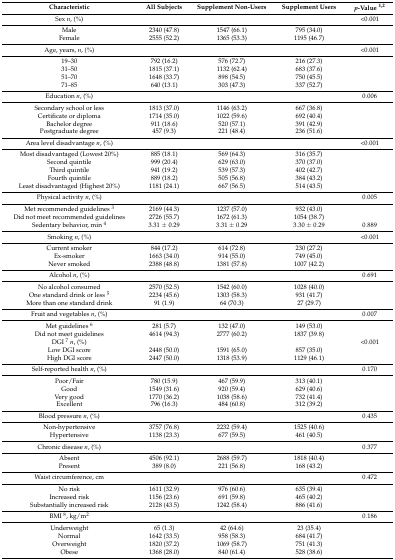
<table><thead><tr><td><b>Characteristic</b></td><td><b>All Subjects</b></td><td><b>Supplement Non-Users</b></td><td><b>Supplement Users</b></td><td><b><i>p</i>-Value <sup>1,2</sup></b></td></tr></thead><tbody><tr><td>Sex <i>n</i>, (%)</td><td></td><td></td><td></td><td>&lt;0.001</td></tr><tr><td>Male</td><td>2340 (47.8)</td><td>1547 (66.1)</td><td>795 (34.0)</td><td></td></tr><tr><td>Female</td><td>2555 (52.2)</td><td>1365 (53.3)</td><td>1195 (46.7)</td><td></td></tr><tr><td>Age, years, <i>n</i>, (%)</td><td></td><td></td><td></td><td>&lt;0.001</td></tr><tr><td>19–30</td><td>792 (16.2)</td><td>576 (72.7)</td><td>216 (27.3)</td><td></td></tr><tr><td>31–50</td><td>1815 (37.1)</td><td>1132 (62.4)</td><td>683 (37.6)</td><td></td></tr><tr><td>51–70</td><td>1648 (33.7)</td><td>898 (54.5)</td><td>750 (45.5)</td><td></td></tr><tr><td>71–85</td><td>640 (13.1)</td><td>303 (47.3)</td><td>337 (52.7)</td><td></td></tr><tr><td>Education <i>n</i>, (%)</td><td></td><td></td><td></td><td>0.006</td></tr><tr><td>Secondary school or less</td><td>1813 (37.0)</td><td>1146 (63.2)</td><td>667 (36.8)</td><td></td></tr><tr><td>Certificate or diploma</td><td>1714 (35.0)</td><td>1022 (59.6)</td><td>692 (40.4)</td><td></td></tr><tr><td>Bachelor degree</td><td>911 (18.6)</td><td>520 (57.1)</td><td>391 (42.9)</td><td></td></tr><tr><td>Postgraduate degree</td><td>457 (9.3)</td><td>221 (48.4)</td><td>236 (51.6)</td><td></td></tr><tr><td>Area level disadvantage <i>n</i>, (%)</td><td></td><td></td><td></td><td>&lt;0.001</td></tr><tr><td>Most disadvantaged (Lowest 20%) </td><td>885 (18.1)</td><td>569 (64.3)</td><td>316 (35.7)</td><td></td></tr><tr><td>Second quintile</td><td>999 (20.4)</td><td>629 (63.0)</td><td>370 (37.0)</td><td></td></tr><tr><td>Third quintile</td><td>941 (19.2)</td><td>539 (57.3)</td><td>402 (42.7)</td><td></td></tr><tr><td>Fourth quintile</td><td>889 (18.2)</td><td>505 (56.8)</td><td>384 (43.2)</td><td></td></tr><tr><td>Least disadvantaged (Highest 20%)</td><td>1181 (24.1)</td><td>667 (56.5)</td><td>514 (43.5)</td><td></td></tr><tr><td>Physical activity <i>n</i>, (%)</td><td></td><td></td><td></td><td>0.005</td></tr><tr><td>Met recommended guidelines <sup>3</sup></td><td>2169 (44.3)</td><td>1237 (57.0)</td><td>932 (43.0)</td><td></td></tr><tr><td>Did not meet recommended guidelines </td><td>2726 (55.7)</td><td>1672 (61.3)</td><td>1054 (38.7)</td><td></td></tr><tr><td>Sedentary behavior, min <sup>4</sup></td><td>3.31 ± 0.29</td><td>3.31 ± 0.29</td><td>3.30 ± 0.29</td><td>0.889</td></tr><tr><td>Smoking <i>n</i>, (%)</td><td></td><td></td><td></td><td>&lt;0.001</td></tr><tr><td>Current smoker </td><td>844 (17.2)</td><td>614 (72.8)</td><td>230 (27.2)</td><td></td></tr><tr><td>Ex-smoker</td><td>1663 (34.0)</td><td>914 (55.0)</td><td>749 (45.0)</td><td></td></tr><tr><td>Never smoked</td><td>2388 (48.8)</td><td>1381 (57.8)</td><td>1007 (42.2)</td><td></td></tr><tr><td>Alcohol <i>n</i>, (%)</td><td></td><td></td><td></td><td>0.691</td></tr><tr><td>No alcohol consumed</td><td>2570 (52.5)</td><td>1542 (60.0)</td><td>1028 (40.0)</td><td></td></tr><tr><td>One standard drink or less <sup>5</sup></td><td>2234 (45.6)</td><td>1303 (58.3)</td><td>931 (41.7)</td><td></td></tr><tr><td>More than one standard drink</td><td>91 (1.9)</td><td>64 (70.3)</td><td>27 (29.7)</td><td></td></tr><tr><td>Fruit and vegetables <i>n</i>, (%)</td><td></td><td></td><td></td><td>0.007</td></tr><tr><td>Met guidelines <sup>6</sup></td><td>281 (5.7)</td><td>132 (47.0)</td><td>149 (53.0)</td><td></td></tr><tr><td>Did not meet guidelines</td><td>4614 (94.3)</td><td>2777 (60.2)</td><td>1837 (39.8)</td><td></td></tr><tr><td>DGI <sup>7</sup><i>n</i>, (%)</td><td></td><td></td><td></td><td>&lt;0.001</td></tr><tr><td>Low DGI score</td><td>2448 (50.0)</td><td>1591 (65.0)</td><td>857 (35.0)</td><td></td></tr><tr><td>High DGI score</td><td>2447 (50.0)</td><td>1318 (53.9)</td><td>1129 (46.1)</td><td></td></tr><tr><td>Self-reported health <i>n</i>, (%)</td><td></td><td></td><td></td><td>0.170</td></tr><tr><td>Poor/Fair</td><td>780 (15.9)</td><td>467 (59.9)</td><td>313 (40.1)</td><td></td></tr><tr><td>Good</td><td>1549 (31.6)</td><td>920 (59.4)</td><td>629 (40.6)</td><td></td></tr><tr><td>Very good</td><td>1770 (36.2)</td><td>1038 (58.6)</td><td>732 (41.4)</td><td></td></tr><tr><td>Excellent</td><td>796 (16.3)</td><td>484 (60.8)</td><td>312 (39.2)</td><td></td></tr><tr><td>Blood pressure <i>n</i>, (%)</td><td></td><td></td><td></td><td>0.435</td></tr><tr><td>Non-hypertensive</td><td>3757 (76.8)</td><td>2232 (59.4)</td><td>1525 (40.6)</td><td></td></tr><tr><td>Hypertensive</td><td>1138 (23.3)</td><td>677 (59.5)</td><td>461 (40.5)</td><td></td></tr><tr><td>Chronic disease <i>n</i>, (%)</td><td></td><td></td><td></td><td>0.377</td></tr><tr><td>Absent </td><td>4506 (92.1)</td><td>2688 (59.7)</td><td>1818 (40.4)</td><td></td></tr><tr><td>Present</td><td>389 (8.0)</td><td>221 (56.8)</td><td>168 (43.2)</td><td></td></tr><tr><td>Waist circumference, cm</td><td></td><td></td><td></td><td>0.472</td></tr><tr><td>No risk</td><td>1611 (32.9)</td><td>976 (60.6)</td><td>635 (39.4)</td><td></td></tr><tr><td>Increased risk</td><td>1156 (23.6)</td><td>691 (59.8)</td><td>465 (40.2)</td><td></td></tr><tr><td>Substantially increased risk</td><td>2128 (43.5)</td><td>1242 (58.4)</td><td>886 (41.6)</td><td></td></tr><tr><td>BMI <sup>8</sup>, kg/m<sup>2</sup></td><td></td><td></td><td></td><td>0.186</td></tr><tr><td>Underweight</td><td>65 (1.3)</td><td>42 (64.6)</td><td>23 (35.4)</td><td></td></tr><tr><td>Normal</td><td>1642 (33.5)</td><td>958 (58.3)</td><td>684 (41.7)</td><td></td></tr><tr><td>Overweight</td><td>1820 (37.2)</td><td>1069 (58.7)</td><td>751 (41.3)</td><td></td></tr><tr><td>Obese</td><td>1368 (28.0)</td><td>840 (61.4)</td><td>528 (38.6)</td><td></td></tr></tbody></table>